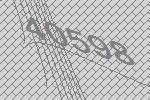
40598